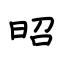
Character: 昭